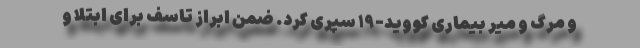
و مرگ و میر بیماری کووید-۱۹ سپری کرد. ضمن ابراز تاسف برای ابتلا و